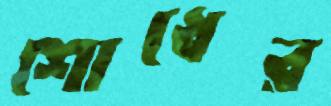
শোধের